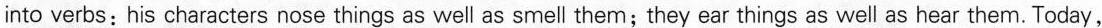
into verbs: his characters nose things as well as smell them;they ear things as well as hear them. Today,